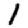
Digit: 1